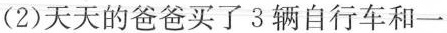
(2)天天的爸爸买了3辆自行车和一